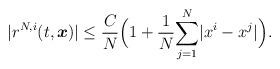
LaTeX: \begin{align*}|r^{N,i}(t,\boldsymbol{x})|\leq\frac{C}{N}\Big(1+\frac{1}{N}\underset{j=1}{\overset{N}\sum}|x^i-x^j|\Big).\end{align*}